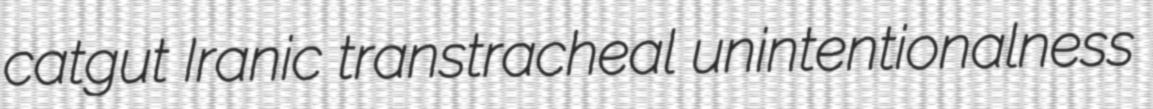
catgut Iranic transtracheal unintentionalness